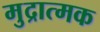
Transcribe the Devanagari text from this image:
मुद्रात्मक